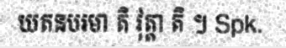
យតនបរមា តិ វុត្តា តិ ។ Spk.